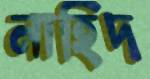
নাহিদ